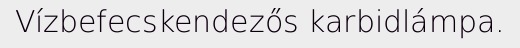
Vízbefecskendezős karbidlámpa.